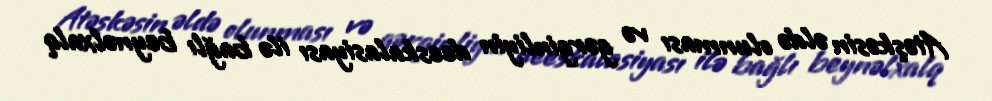
Atəşkəsin əldə olunması və gərginliyin deeskalasiyası ilə bağlı beynəlxalq